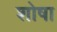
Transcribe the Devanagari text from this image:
शोषा